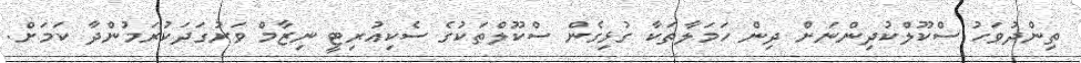
ތިންދުވަހު ސްކޫލްކުދިންނަށް ދިން ހަމަލާތަކާ ގުޅިގެން ސްކޫލްތަކުގެ ސެކިއުރިޓީ ނިޒާމް ވަރުގަދަކުރަމުންދާ ކަމަށް.